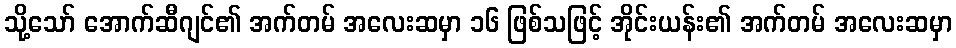
သို့သော် အောက်ဆီဂျင်၏ အက်တမ် အလေးဆမှာ ၁၆ ဖြစ်သဖြင့် အိုင်းယန်း၏ အက်တမ် အလေးဆမှာ